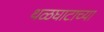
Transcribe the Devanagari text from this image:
थळघाटाच्या